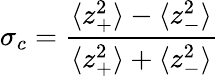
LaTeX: \sigma_{c}=\frac{\langle z_{+}^{2}\rangle-\langle z_{-}^{2}\rangle}{\langle z_{+}^{2}\rangle+\langle z_{-}^{2}\rangle}